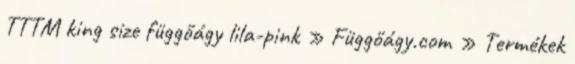
TTTM king size függőágy lila-pink » Függőágy.com » Termékek